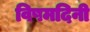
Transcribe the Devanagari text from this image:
विषमदिनी